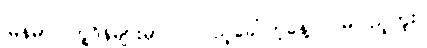
မြန်မာပြက္ခဒိန်များမှာ လပြည့်ခေါ်တဲ့နေ့ လမပြည့်ဘူး။